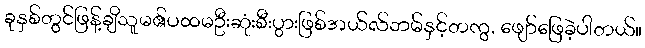
ခုနှစ်တွင်ဖြန့်ချိသူမ၏ပထမဦးဆုံးစီးပွားဖြစ်အယ်လ်ဘမ်နှင့်တကွ, ဖျော်ဖြေခဲ့ပါတယ်။